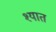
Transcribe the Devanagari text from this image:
श्यात